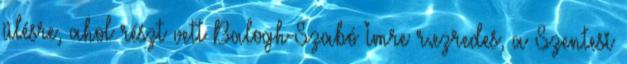
ülésre, ahol részt vett Balogh-Szabó Imre r.ezredes, a Szentesi